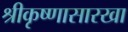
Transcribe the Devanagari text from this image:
श्रीकृष्णासारखा